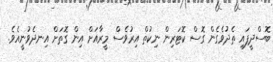
ބޮސްދީފައި ތެދުވެގެން ގޮސް ކޮޓަރިން ނިކުތް އިރުވެސް މީރާއަށް އިން ގޮތަށް އިނދެވުނީއެވެ.